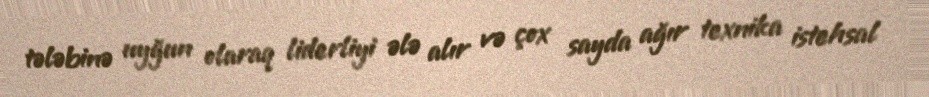
tələbinə uyğun olaraq liderliyi ələ alır və çox sayda ağır texnika istehsal